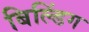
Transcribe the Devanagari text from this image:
बिल्‍डिंग